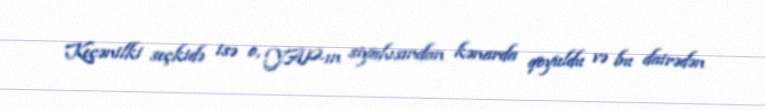
Keçənilki seçkidə isə o, YAP-ın siyahısından kənarda qoyuldu və bu dairədən